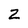
Character: 2